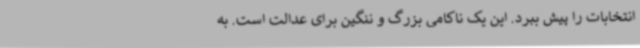
انتخابات را پیش ببرد. این یک ناکامی بزرگ و ننگین برای عدالت است. به